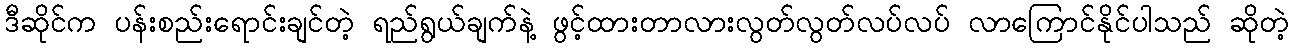
ဒီဆိုင်က ပန်းစည်းရောင်းချင်တဲ့ ရည်ရွယ်ချက်နဲ့ ဖွင့်ထားတာလားလွတ်လွတ်လပ်လပ် လာကြောင်နိုင်ပါသည် ဆိုတဲ့